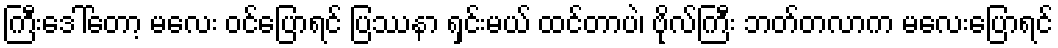
ကြီးဒေါ်တော့ မလေး ဝင်ပြောရင် ပြဿနာ ရှင်းမယ် ထင်တာပဲ၊ ဗိုလ်ကြီး ဘတ်တလာက မလေးပြောရင်